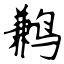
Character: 鹣